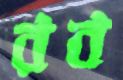
রব